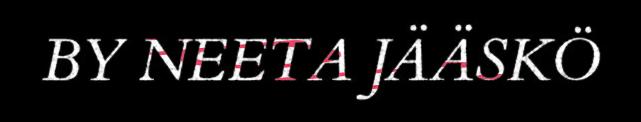
BY NEETA JÄÄSKÖ